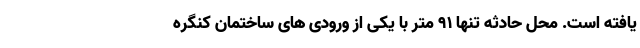
یافته است. محل حادثه تنها ۹۱ متر با یکی از ورودی های ساختمان کنگره